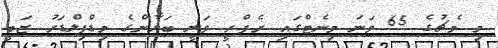
މި މެޗުގެ 65 ވަނަ މިނެޓްގައި ރެފްރީ ވަނީ ބަޔާންގެ މިޑްފިލްޑަރު ޒަބީ